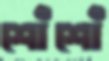
শোঁশোঁ